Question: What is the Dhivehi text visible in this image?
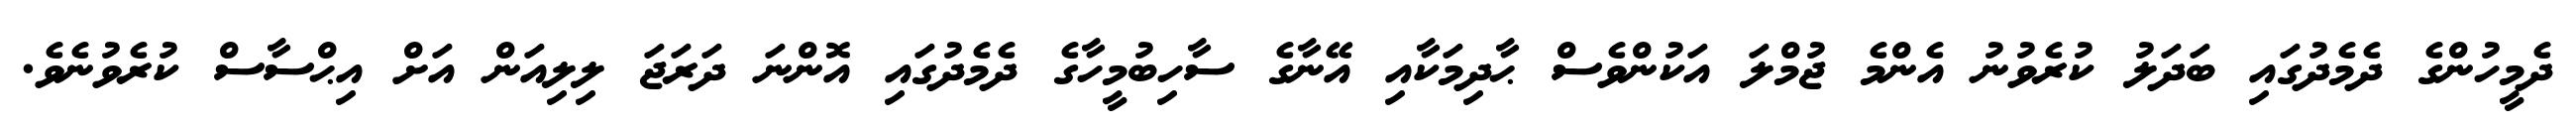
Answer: ދެމީހުންގެ ދެމެދުގައި ބަދަލު ކުރެވުނު އެންމެ ޖުމްލަ އަކުންވެސް ޙާދިމަކާއި އޭނާގެ ސާހިބުމީހާގެ ދެމެދުގައި އޮންނަ ދަރަޖަ ލިލިއަން އަށް އިޙްސާސް ކުރެވުނެވެ.